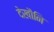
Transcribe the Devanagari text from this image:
देखौनि